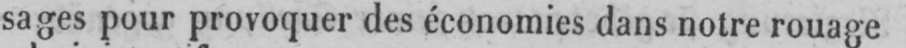
sages pour provoquer des économies dans notre rouage